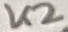
Text: K2